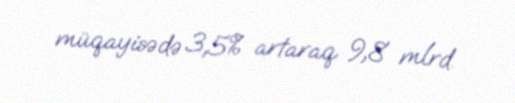
müqayisədə 3,5% artaraq 9,8 mlrd.